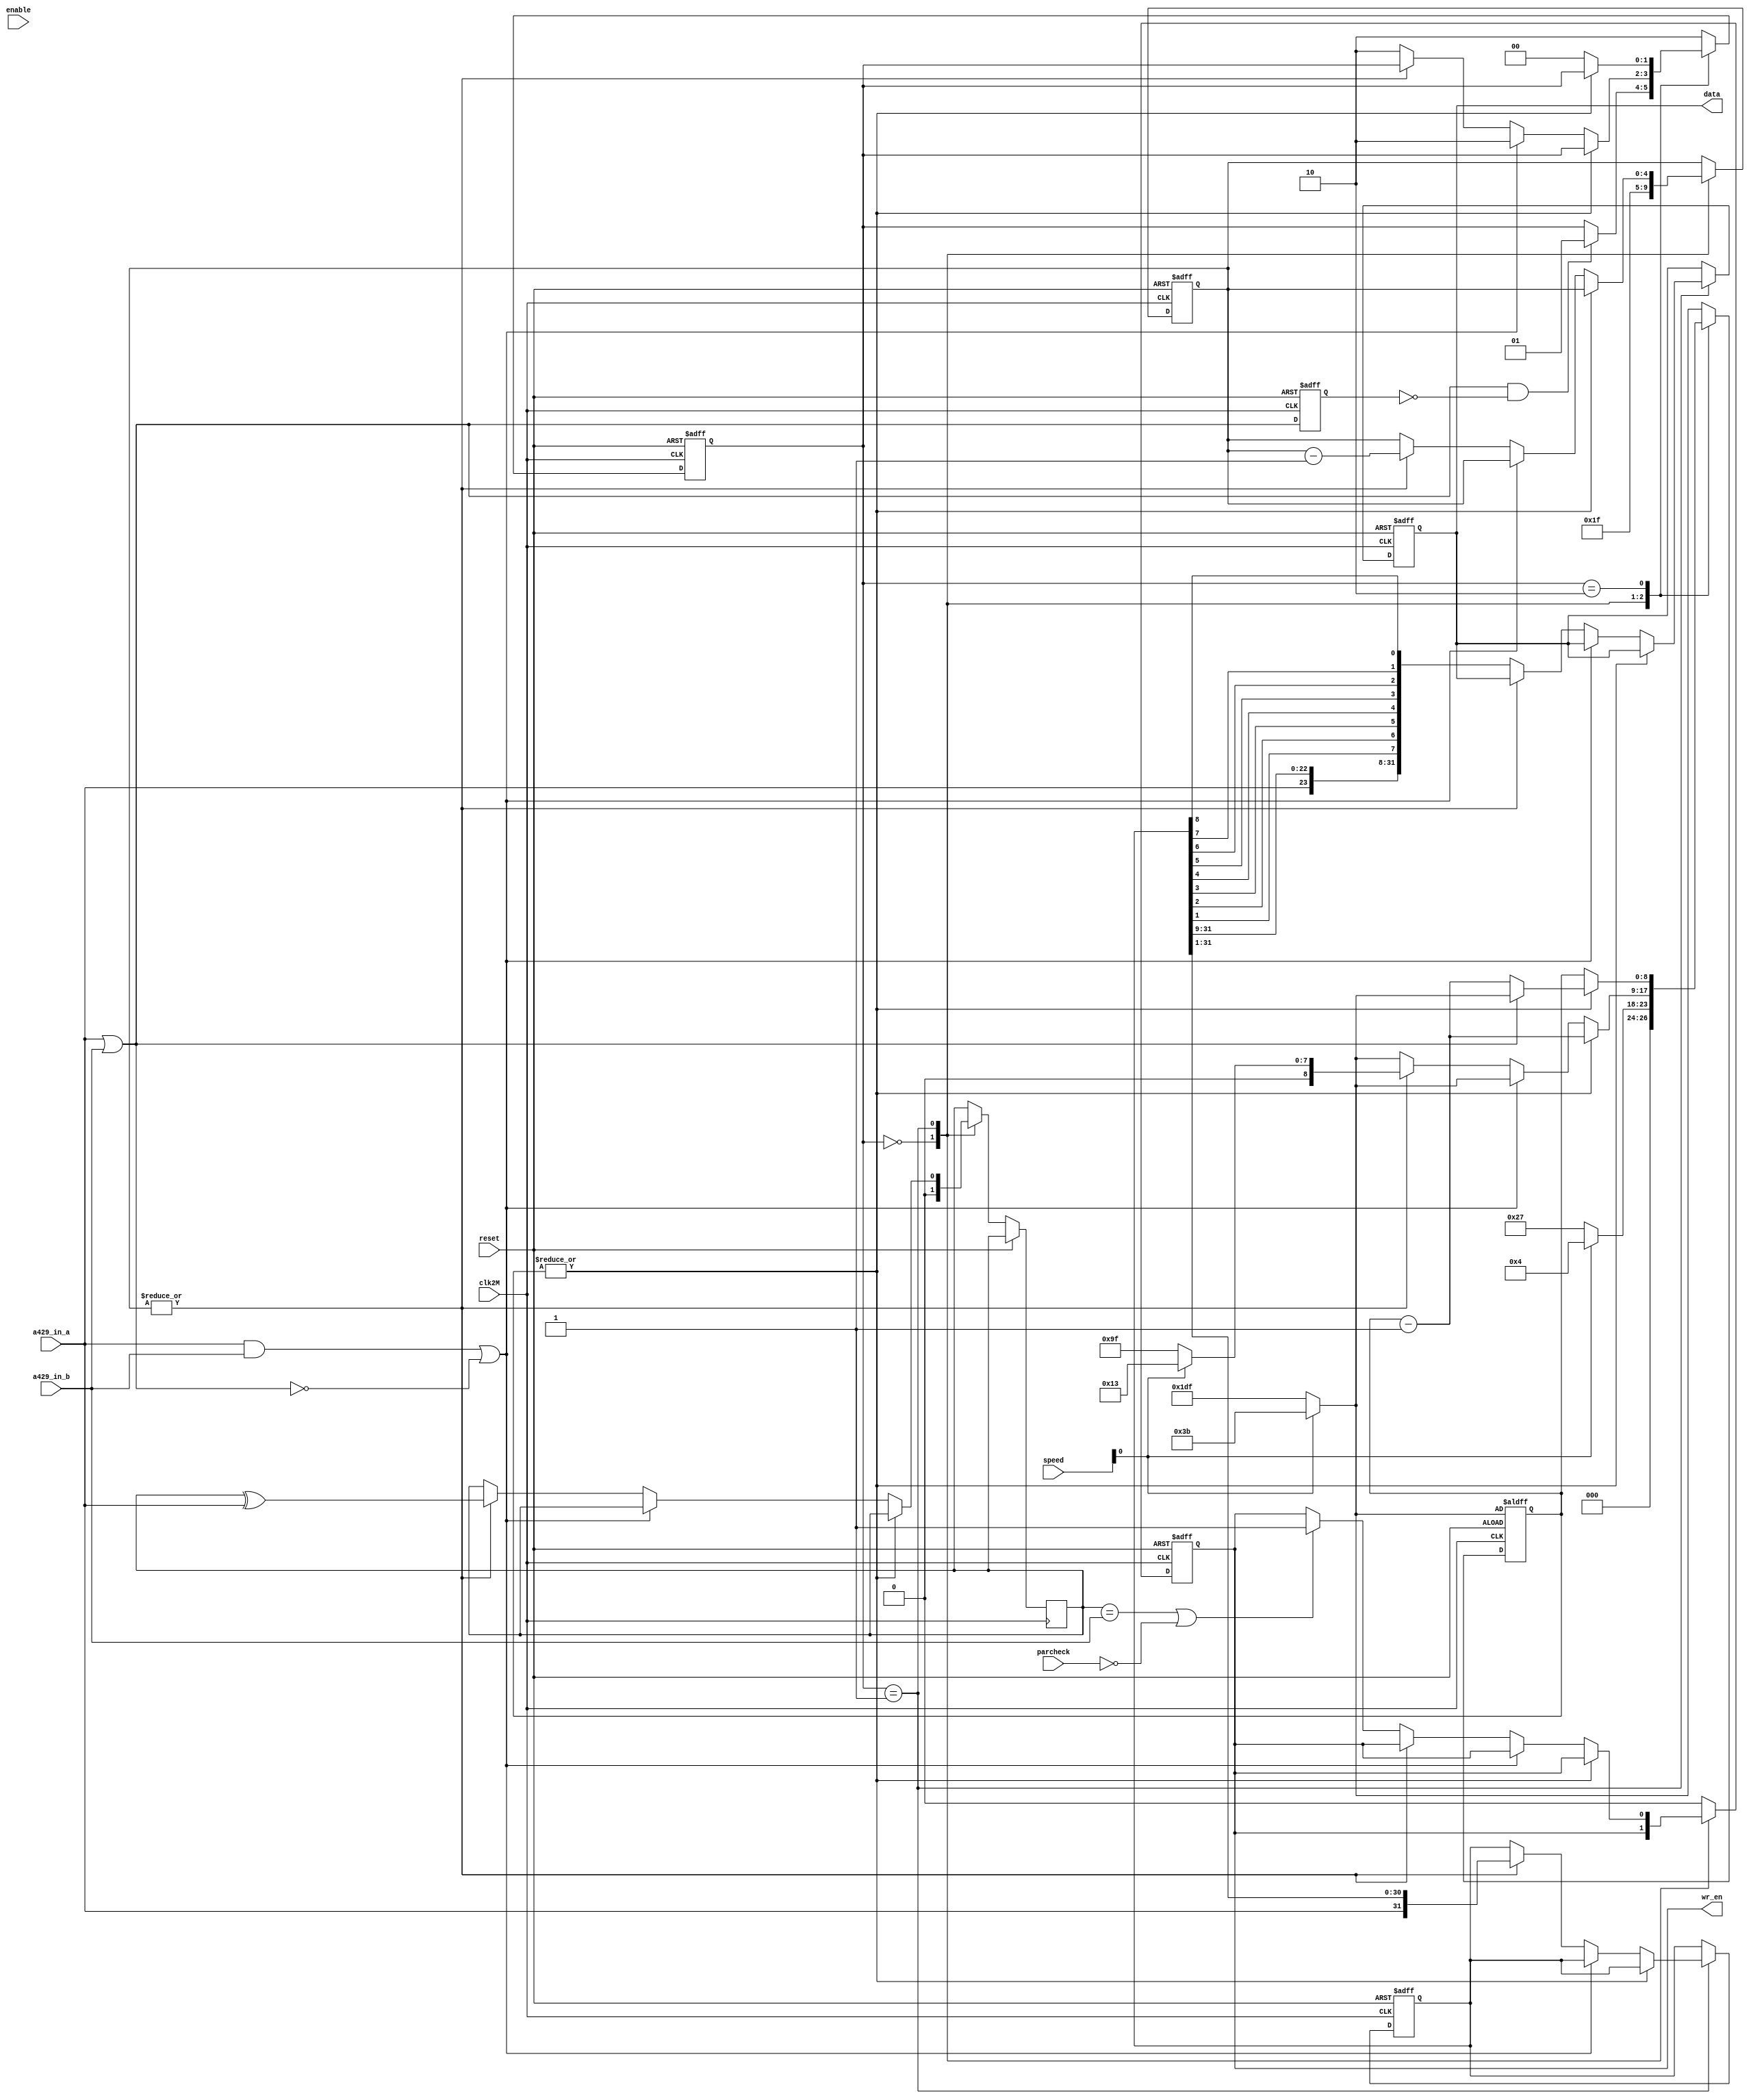

////////////////////////////////////////////////////////////////////////////////
//
// Copyright (c) 2019 Himar Alonso
//
// Permission is hereby granted, free of charge, to any person obtaining a copy
// of this hardware, software, and associated documentation files
// (the "Product"), to deal in the Product without restriction, including
// without limitation the rights to use, copy, modify, merge, publish,
// distribute, sublicense, and/or sell copies of the Product, and to permit
// persons to whom the Product is furnished to do so, subject to the following
// conditions:
//
// The above copyright notice and this permission notice shall be included in
// all copies or substantial portions of the Product.
//
// THE PRODUCT IS PROVIDED "AS IS", WITHOUT WARRANTY OF ANY KIND, EXPRESS OR
// IMPLIED, INCLUDING BUT NOT LIMITED TO THE WARRANTIES OF MERCHANTABILITY,
// FITNESS FOR A PARTICULAR PURPOSE AND NONINFRINGEMENT. IN NO EVENT SHALL THE
// AUTHORS OR COPYRIGHT HOLDERS BE LIABLE FOR ANY CLAIM, DAMAGES OR OTHER
// LIABILITY, WHETHER IN AN ACTION OF CONTRACT, TORT OR OTHERWISE, ARISING FROM,
// OUT OF OR IN CONNECTION WITH THE PRODUCT OR THE USE OR OTHER DEALINGS IN THE
// PRODUCT. 
//
////////////////////////////////////////////////////////////////////////////////
// A429 Receiving Interface
// 
// Designed by Himar Alonso (himar@opencores.org)
////////////////////////////////////////////////////////////////////////////////

module a429_rx_iface
(
	input             clk2M,
	input             reset,
	input             enable,
	input       [1:0] speed,
	input             a429_in_a,
	input             a429_in_b,
	input             parcheck,
	output reg [32:1] data,
	output reg        wr_en
);

	////////////////////////////////////////
	// Constants for the sampling counter //
	////////////////////////////////////////
	// Counter values for first/other sampling intervals
	// 2.5us/10us for 100Kbps mode,
	// 20us/80us for 12,5Kbps mode.
	wire [8:0] first_sc_value = (speed[0]) ? 9'd4  : 9'd39;
	wire [8:0] other_sc_value = (speed[0]) ? 9'd19 : 9'd159;
	
	// Counter values for gap search
	// 40us for 100Kbps mode, setting it to 30us
	// 320us for 12,5Kbps mode, setting it to 240us.
	wire [8:0] gap_sc_value = (speed[0]) ? 9'd59 : 9'd479;
	
	///////////////////////////////////////////////////////
	// Register 'aorb' previous value for edge detection //
	///////////////////////////////////////////////////////
	wire aandb = a429_in_a & a429_in_b;
	wire aorb = a429_in_a | a429_in_b;
	reg  aorb_prev;

	always @(posedge clk2M or posedge reset)
		if (reset)
			aorb_prev <= 1'b0;
		else
			aorb_prev <= aorb;
					
	///////////////////////////////////////////////
	// RX state machine parameters and registers //
	///////////////////////////////////////////////
	localparam IDLE       = 2'b00;
	localparam RECEIVING  = 2'b01;
	localparam WAITFORGAP =	2'b10;

	reg   [1:0] state;
	reg         parity;
	reg  [32:1] shift_reg;
	reg   [4:0] shift_counter;
	reg   [8:0] sampling_counter;

	/////////////////////////////////////
	// RX state machine implementation //
	/////////////////////////////////////
	always @(posedge clk2M or posedge reset)
		if (reset) begin
			state <= WAITFORGAP;
			sampling_counter <= gap_sc_value;
			shift_counter <= 5'b0;
			data <= 32'b0;
			shift_reg <= 32'b0;
			wr_en <= 1'b0;
		end else begin
			case (state)
				IDLE:
					//
					// Wait for 'aorb' rising edge
					//
					begin
						parity <= 1'b0;
						sampling_counter <= first_sc_value;
						shift_counter <= 5'd31;
						if (aorb & !aorb_prev)
							state <= RECEIVING;
					end
				RECEIVING:
					//
					// Logical shift right until shift_counter = 0
					//
					if (~|sampling_counter)
						if ((aandb == 1'b1) || (aorb == 1'b0)) begin // Bus error
							sampling_counter <= gap_sc_value;
							state <= WAITFORGAP;
						end else if (~|shift_counter) begin // Complete word received
							data <= {a429_in_a, shift_reg[32:10],
								shift_reg[2], shift_reg[3], shift_reg[4], shift_reg[5],
								shift_reg[6], shift_reg[7], shift_reg[8], shift_reg[9]};
							if ((parity == a429_in_b) || !parcheck) // Odd parity ok, or no parity check
								wr_en <= 1'b1;
							sampling_counter <= gap_sc_value;
							state <= WAITFORGAP;
						end else begin // bit received
							shift_reg <= {a429_in_a, shift_reg[32:2]};
							parity <= parity ^ a429_in_a;
							shift_counter <= shift_counter - 5'b1;
							sampling_counter <= other_sc_value;
						end
					else
						sampling_counter <= sampling_counter - 9'b1;
				WAITFORGAP:
					//
					// Wait until a new gap is found
					//
					begin
						wr_en <= 1'b0;
						if (~|sampling_counter)
							state <= IDLE;
						else if (aorb == 1'b1)
							sampling_counter <= gap_sc_value;
						else
							sampling_counter <= sampling_counter - 9'b1;
					end
				default: // This should never happen
					begin
						wr_en <= 1'b0;
						sampling_counter <= gap_sc_value;
						state <= WAITFORGAP;
					end
			endcase
		end
		
endmodule